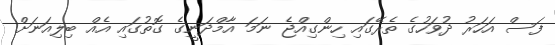
ފަސް އަހަރު ދުވަހުގެ ތެރޭގައި ހިންގިއްޖެ ނަމަ އާމްދަނީގެ ގޮތުގައި އެއް ބިލިއަނަށް